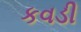
કવડી